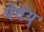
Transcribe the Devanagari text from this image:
येतंय्